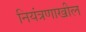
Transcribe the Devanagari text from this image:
नियंत्रणाखील